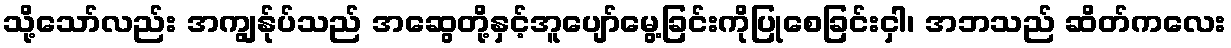
သို့သော်လည်း အကျွန်ုပ်သည် အဆွေတို့နှင့်အူပျော်မွေ့ခြင်းကိုပြုစေခြင်းငှါ၊ အဘသည် ဆိတ်ကလေး